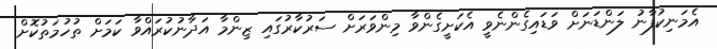
އެމަނިކުފާނު ލަންޑަނަށް ވަޑައިގެންނެވީ އެެކަށީގެންވާ މިންވަރަށް ސަރުކާރުގައި ޒިންމާ އަދާނުކުރައްވާ ކަމަށް ތުހުމަތުކޮށް